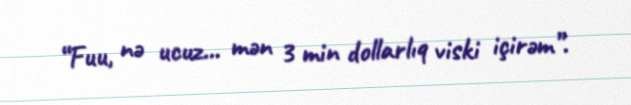
“Fuu, nə ucuz... mən 3 min dollarlıq viski içirəm”.